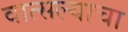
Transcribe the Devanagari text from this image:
वात्सल्याचा